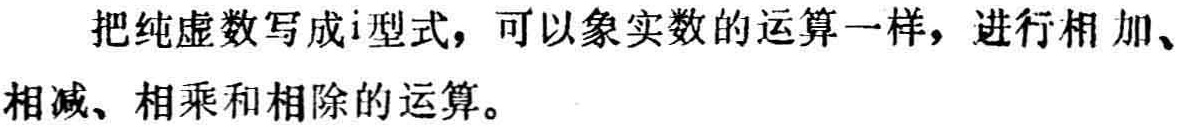
把纯虚数写成\(i\)型式，可以象实数的运算一样，进行相加、相减、相乘和相除的运算。